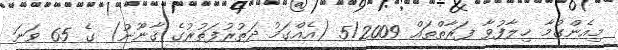
މިއެންގުމާ ޚިލާފުވާ ފަރާތްތައް 5/2009 (އެއްގަމު ދަތުރުފަތުރުގެ ޤާނޫނު) ގެ 65 ވަނަ